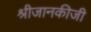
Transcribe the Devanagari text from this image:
श्रीजानकीजी